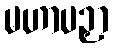
မဟာပဉှာ